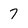
Character: 7